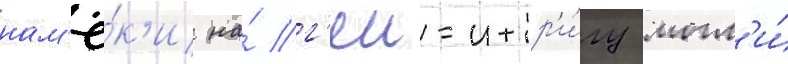
нам'ё́к'и на́ г'еи-интр'и́гу могл'и́